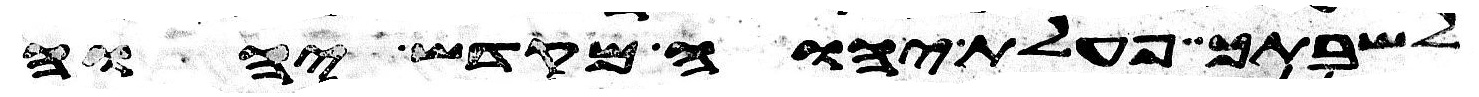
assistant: לשבתך פעלת יהוה מקדש יהוה